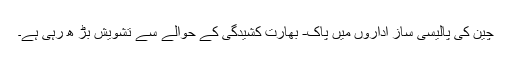
چین کی پالیسی ساز اداروں میں پاک- بھارت کشیدگی کے حوالے سے تشویش بڑ ھ رہی ہے۔